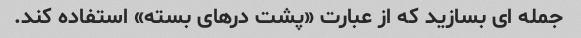
جمله ای بسازید که از عبارت «پشت درهای بسته» استفاده کند.